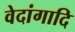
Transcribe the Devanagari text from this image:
वेदांगादि